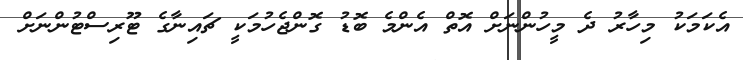
އެކަމަކު މިހާރު ދެ މީހުންނަށް އޮތް އެންމެ ބޮޑު ގޮންޖެހުމަކީ ޗައިނާގެ ޓޫރިސްޓުންނަށް